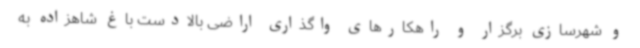
و شهرسازی برگزار و راهکارهای واگذاری اراضی بالادست باغ شاهزاده به